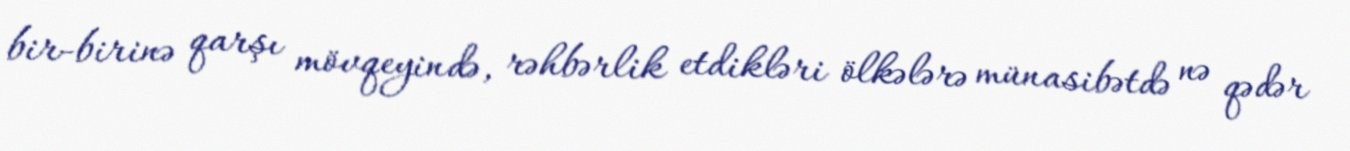
bir-birinə qarşı mövqeyində, rəhbərlik etdikləri ölkələrə münasibətdə nə qədər